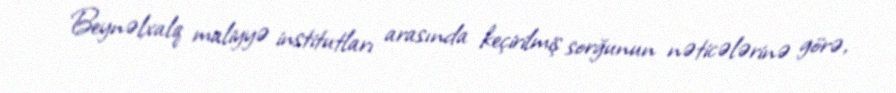
Beynəlxalq maliyyə institutları arasında keçirilmiş sorğunun nəticələrinə görə,